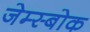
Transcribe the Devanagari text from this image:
जेम्स्बोक